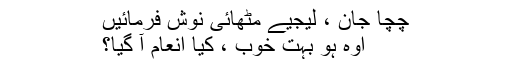
چچا جان ، لیجیے مٹھائی نوش فرمائیں
اوہ ہو بہت خوب ، کیا انعام آ گیا؟